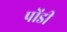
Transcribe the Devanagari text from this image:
पोंडी